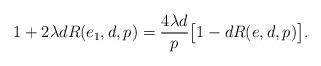
LaTeX: \begin{align*}1+2\lambda d R(e_1,d,p)=\frac{4\lambda d}{p}\big[1-dR(e,d,p)\big].\end{align*}